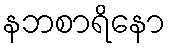
နဘစာရိနော